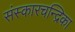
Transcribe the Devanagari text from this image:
संस्कारचन्द्रिका